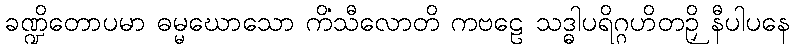
ခဏ္ဍိတောပမာ ဓမ္မဃောသော ကိံသီလောတိ ကဗဠေ သဒ္ဓါပရိဂ္ဂဟိတဉှိ နီပါပနေ